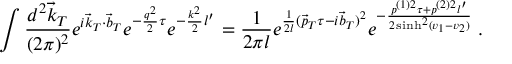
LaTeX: \int \frac { d ^ { 2 } \vec { k } _ { T } } { ( 2 \pi ) ^ { 2 } } e ^ { i \vec { k } _ { T } \cdot \vec { b } _ { T } } e ^ { - \frac { q ^ { 2 } } 2 \tau } e ^ { - \frac { k ^ { 2 } } 2 l ^ { \prime } } = \frac 1 { 2 \pi l } e ^ { \frac 1 { 2 l } ( \vec { p } _ { T } \tau - i \vec { b } _ { T } ) ^ { 2 } } e ^ { - \frac { p ^ { ( 1 ) 2 } \tau + p ^ { ( 2 ) 2 } l ^ { \prime } } { 2 \sinh ^ { 2 } ( v _ { 1 } - v _ { 2 } ) } } \; .